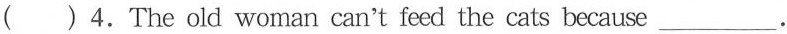
( )4.The old woman can't feed the cats because___.